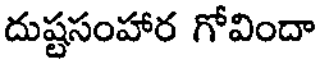
దుష్టసంహార గోవిందా